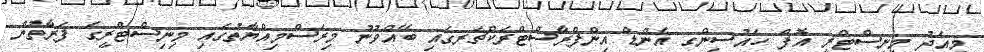
މިއަދު މިނިސްޓްރީ އޮފް ހައުސިންގ އެންޑް އިންފްރާސްޓްރަކްޗަރގައި ބޭއްވުނު މިރަސްމިއްޔާތުގައި މިނިސްޓްރީގެ ފަރާތުން